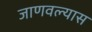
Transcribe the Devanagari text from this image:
जाणवल्यास